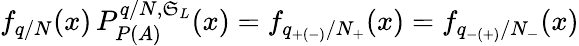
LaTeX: f_{q/N}(x)\, P_{P(A)}^{q/N,\mathfrak{S}_{L}}(x)=f_{q_{+(-)}/N_{+}}(x)=f_{q_{-(+)}/N_{-}}(x)